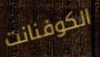
الكوفنانت